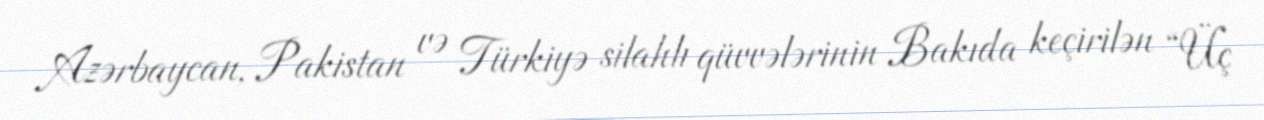
Azərbaycan, Pakistan və Türkiyə silahlı qüvvələrinin Bakıda keçirilən “Üç